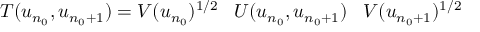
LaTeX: T ( u _ { n _ { 0 } } , u _ { n _ { 0 } + 1 } ) = V ( u _ { n _ { 0 } } ) ^ { 1 / 2 } \; \; \; U ( u _ { n _ { 0 } } , u _ { n _ { 0 } + 1 } ) \; \; \; V ( u _ { n _ { 0 } + 1 } ) ^ { 1 / 2 }